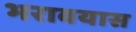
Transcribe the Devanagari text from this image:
भरावयास